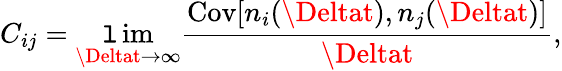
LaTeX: C_{ij}=\operatorname*{\mathtt{l}im}_{\Deltat\to\infty}\frac{{\mathrm{{Cov}}[n_{i}(\Deltat),n_{j}(\Deltat)]}}{{\Deltat}},